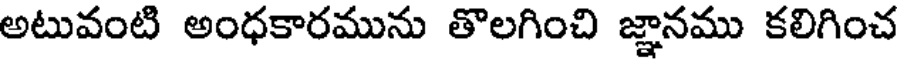
అటువంటి అంధకారమును తొలగించి జ్ఞానము కలిగించ